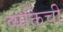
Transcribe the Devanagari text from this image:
व्यक्तिंची